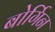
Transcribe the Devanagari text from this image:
बोर्गिन